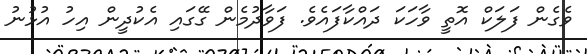
ވެގެން ފަލަކް އޮތީ ވާހަކަ ދައްކާފައެވެ. ފަވާދުމެން ގޭގައި އެކުދީން އިހު އުޅުނު